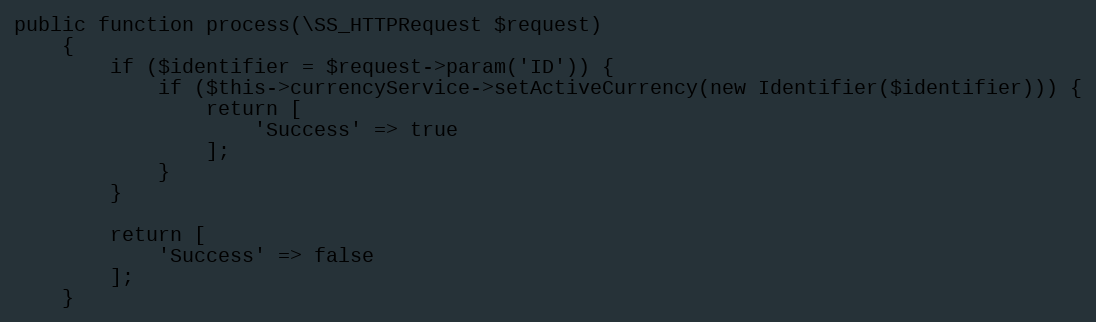
Language: PHP
public function process(\SS_HTTPRequest $request)
    {
        if ($identifier = $request->param('ID')) {
            if ($this->currencyService->setActiveCurrency(new Identifier($identifier))) {
                return [
                    'Success' => true
                ];
            }
        }

        return [
            'Success' => false
        ];
    }